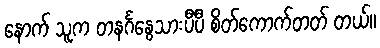
နောက် သူက တနင်္ဂနွေသားပီပီ စိတ်ကောက်တတ် တယ်။